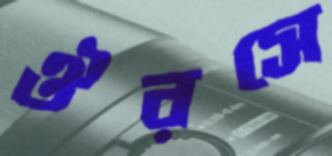
ঔরসে